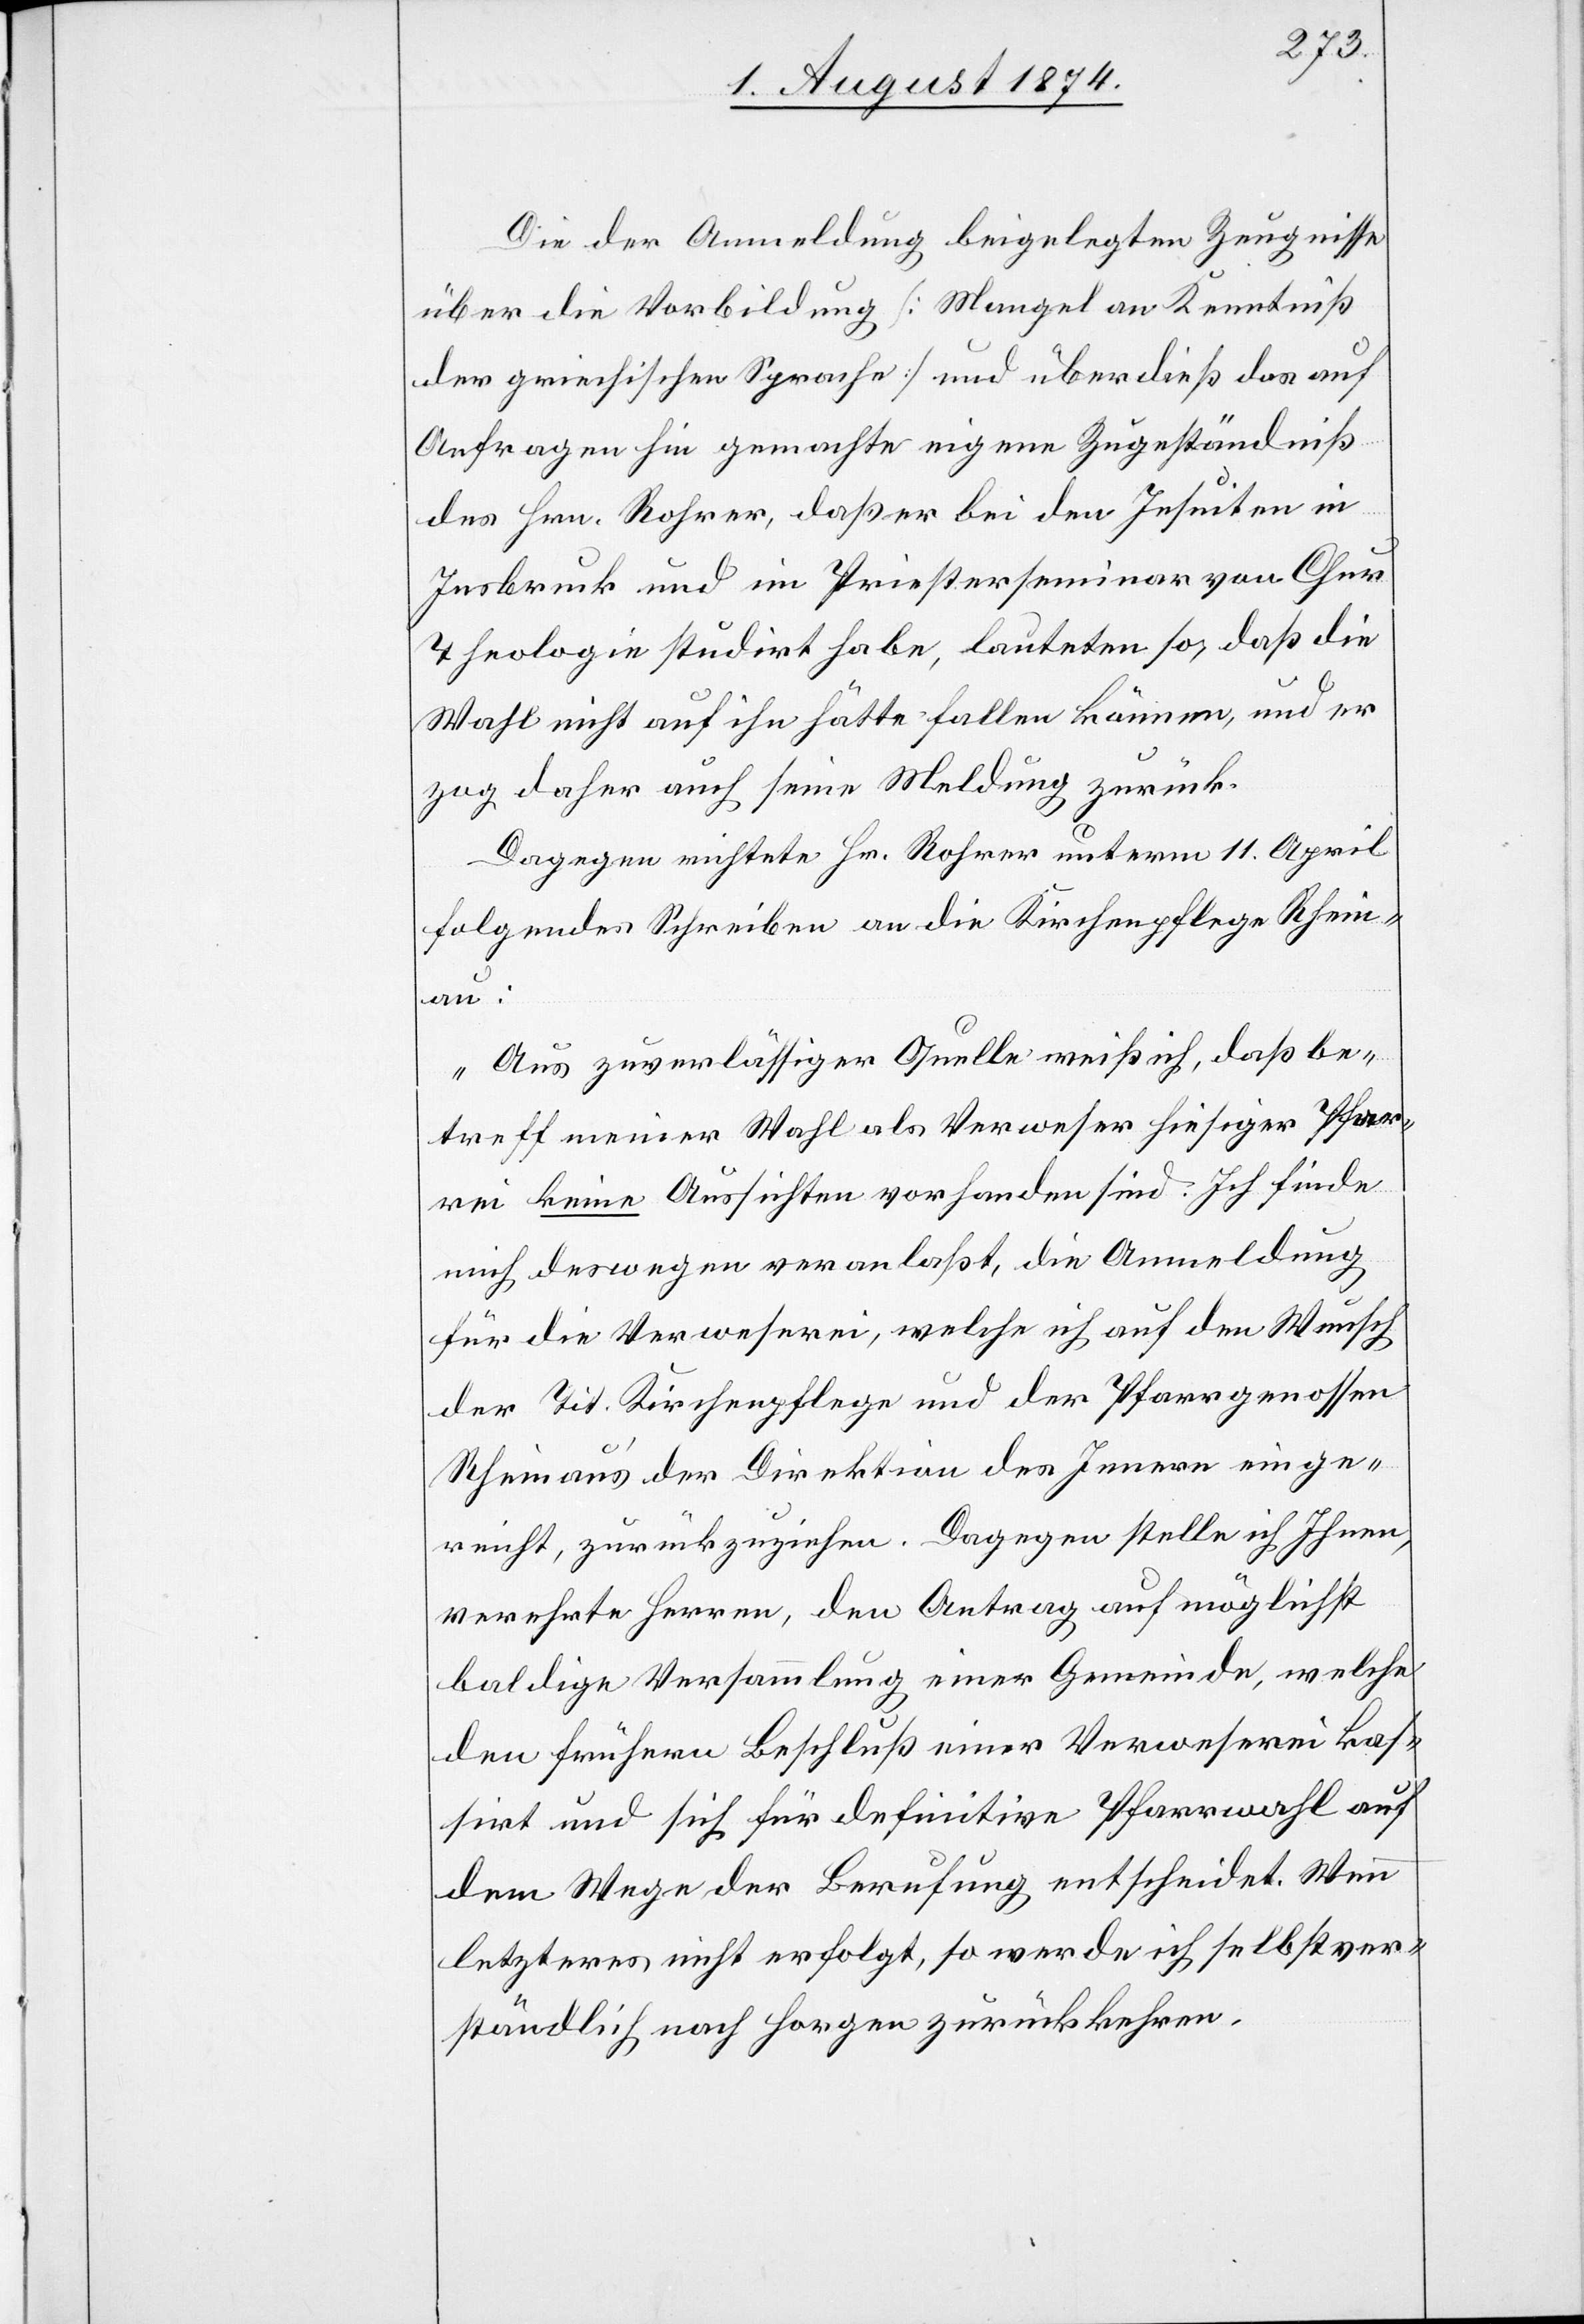
Die der Anmeldung beigelegten Zeugnisse
über die Vorbildung [Mangel an Kenntniß
der griechischen Sprache] und überdieß das auf
Anfrage hin gemachte eigene Zugeständniß
des Hrn. Rohrer, daß er bei den Jesuiten in
Insbruck und im Priesterseminar von Chur
Theologie studirt habe, lauteten so, daß die
Wahl nicht auf ihn hätte fallen können, und er
zog daher auch seine Meldung zurück.
Dagegen richtete Hr. Rohrer unterm 11. April
folgendes Schreiben an die Kirchenpflege Rhein¬
au:
„Aus zuverlässiger Quelle weiß ich, daß be¬
treff meiner Wahl als Verweser hiesiger Pfar¬
rei keine Aussichten vorhanden sind. Ich finde
mich deswegen veranlaßt, die Anmeldung
für die Verweserei, welche ich auf den Wunsch
der Tit. Kirchenpflege und der Pfarrgenossen
Rheinau’s der Direktion des Innern einge¬
reicht, zurückzuziehen. Dagegen stelle ich Ihnen,
verehrte Herren, den Antrag auf möglichst
baldige Versammlung einer Gemeinde, welche
den frühern Beschluß einer Verweserei kas¬
sirt und sich für definitive Pfarrwahl auf
dem Wege der Berufung entscheidet. Wenn
letzteres nicht erfolgt, so werde ich selbstver¬
ständlich nach Horgen zurückkehren.